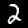
Digit: 2